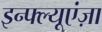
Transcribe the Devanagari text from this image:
इन्फ्ल्यूएंज़ा